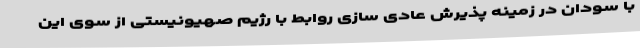
با سودان در زمینه پذیرش عادی سازی روابط با رژیم صهیونیستی از سوی این